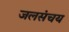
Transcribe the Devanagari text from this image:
जलसंचय